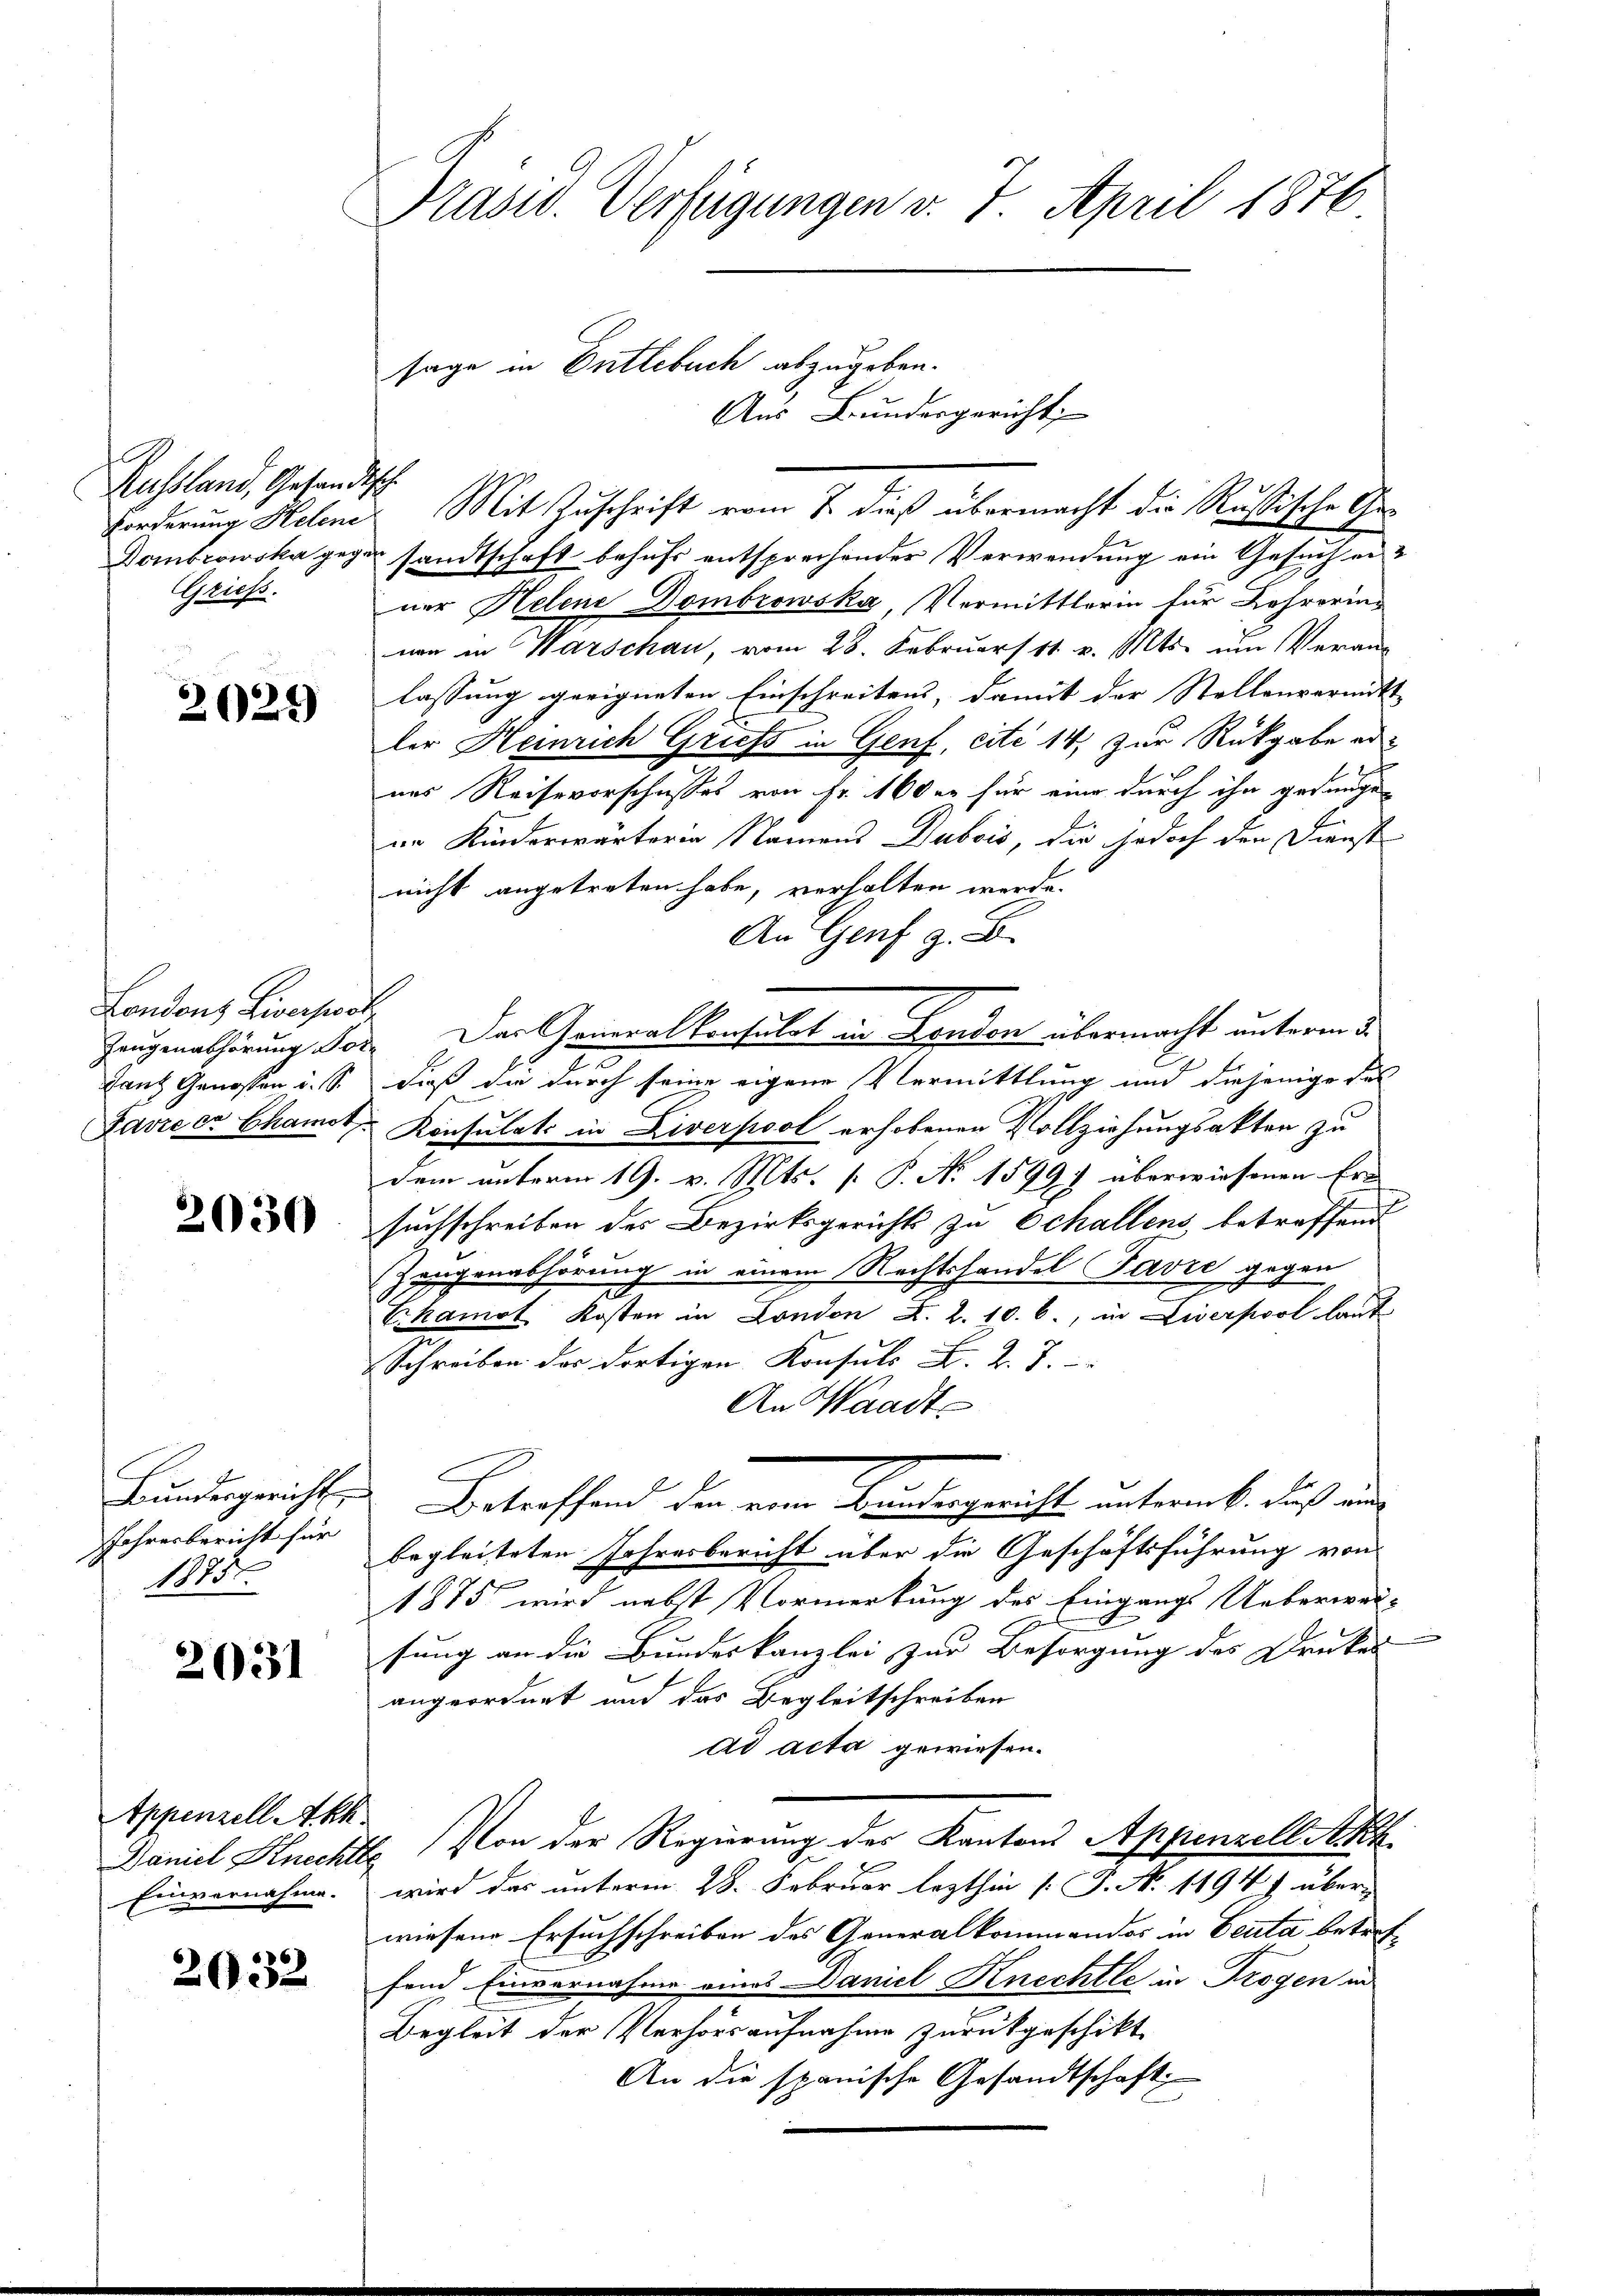
Russland, Gesandtsch.
Grieß.

2024)

Londons Liversost
Lanz Genossen u. S.

2030

Bundesgericht
Jahresbericht für
1875.

2031

Appenzell Akt
Einvernahme.

2032

Präsid. Verfügungen v. 7. April 1876

Forderung Helene Mit Zuschrift vom 7. dieß übermacht die Rußische Ge¬
Dombrowska gegen sandtschaft behufs entsprechender Verwendung ein Gesuch ei
ner Helene Dombrowska, Vermittlerin für Lehrering
nen in Warschau, vom 28. Februar 11 v. Mts. um Verans
lassung geeigneten Einschreitens, damit der Stellenvermitt
ler Heinrich Griess in Genf, cite 14 zur Rückgabe ernes Reisevorschusses von Fr. 160 er für eine durch ihn gelangein Kinderwärter in Namens Dubois, die jedoch den Dienst
nicht angetreten habe, verhalten werde.
An Genf z. B.
Zaugenabhörung vor. Der Generalkonsulat in London übermacht unterm 3.
dieß die durch seine eigene Vermittlung und diejenige des
Favre er Chamit Konsulats in Liverpool erhobenen Vollziehungsakten zu
dem unterm 19. v. Mts. [ P. No 1599) überwiesenen Ern
suchschreiben des Bezirksgerichts zu Echallens betreffend
Zeugenabhörung in einem Rechtshandel Javre gegen
Chamot Kosten in London K. Z. 10. 6., in Liverpool laut
Schreiben des dortigen Konsuls K. K. J.
An Waadt
Betreffend den eine Beutengericht unternt. dieß un
begleiteten Jahresbericht über die Geschäftsführung von
1885 wird nebst Vormerkung des Eingangs Ueberwar-
sung an die Bundeskanzlei zur Besorgung des Drucker |
angeordnet und das Begleitschreiben
ad acta gewiesen.
Daniel Knechtl. Von der Regierung des Kantons Appenzell Akk
wird das unterm 28. Februar lezthin [P. N. 1194) über-
wiesene Ersuchschreiben des Generalkommandos in Beuta betreffond Einvernahme eines Daniel Knechtle in Trogen in
Begleit der Verhörs aufnahme zurückgeschikt
An die spanische Gesandtschaft

sage in Entlebuch abzugeben.

Aus Bundesgericht,